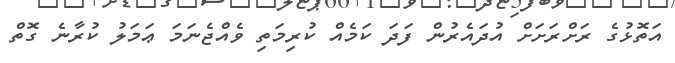
އަތޮޅުގެ ރަށްރަށަށް އުދައެރުން ފަދަ ކަމެއް ކުރިމަތި ވެއްޖެނަމަ ޢަމަލު ކުރާނެ ގޮތް